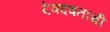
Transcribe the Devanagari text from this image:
देवदवतांची